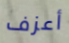
أعزف